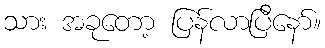
သား အခုတော့ ပြန်လာပြီနော်။